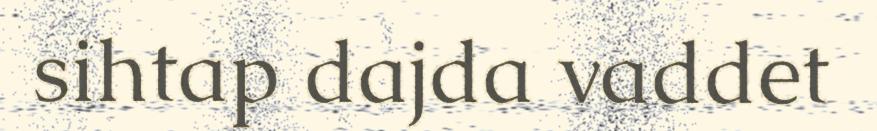
sihtap dajda vaddet